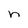
Character: n